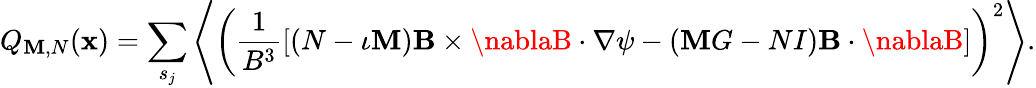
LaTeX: Q_{\mathbf{M},N}(\mathbf{{x}})=\sum_{s_{j}}\left\langle\left(\frac{{1}}{{B^{3}}}[(N-\iota\mathbf{M})\mathbf{{B}}\times\nablaB\cdot\nabla\psi-(\mathbf{M}G-NI)\mathbf{{B}}\cdot\nablaB]\right)^{2}\right\rangle.